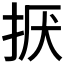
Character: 𢬍